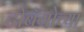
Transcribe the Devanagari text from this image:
टोबॅगोच्या